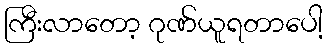
ကြီးလာတော့ ဂုဏ်ယူရတာပေါ့